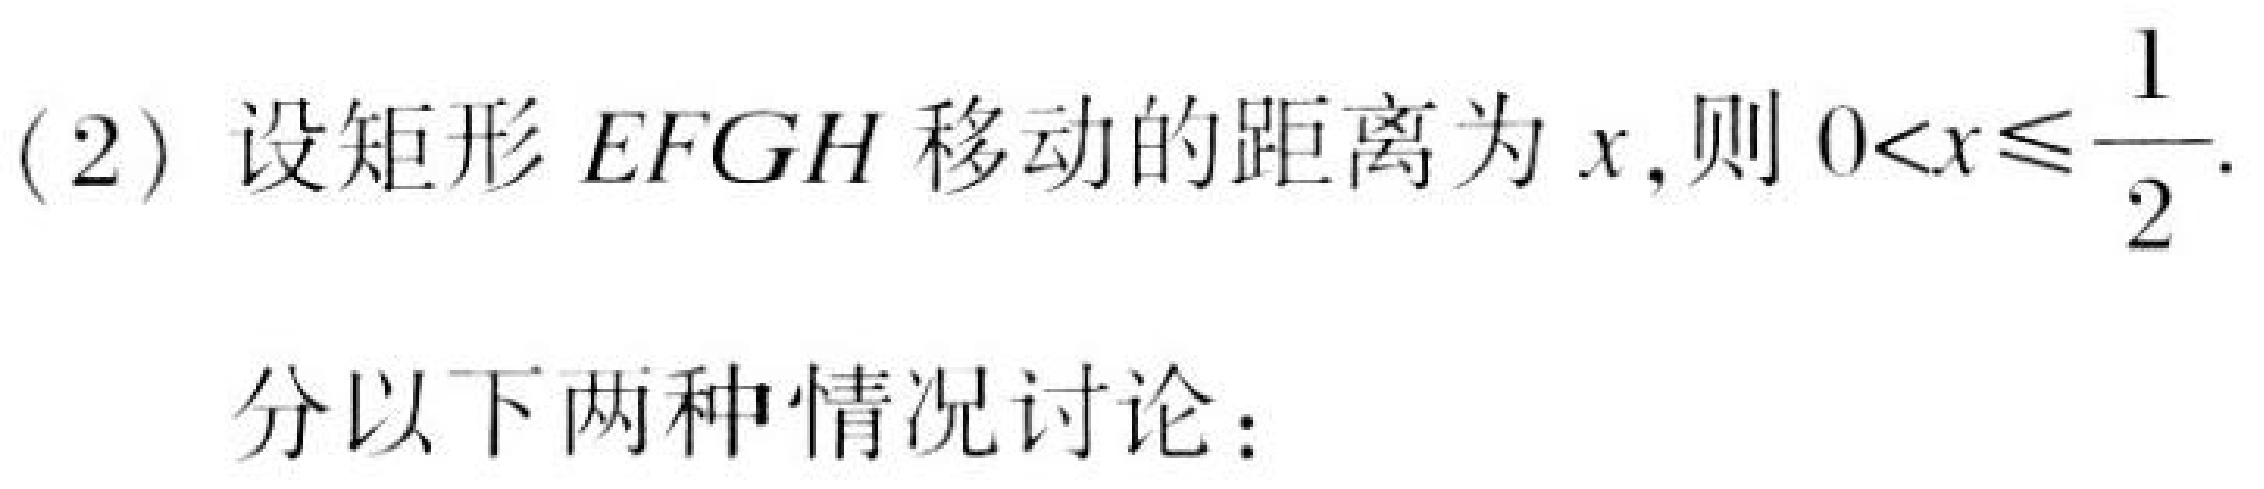
(2) 设矩形 \(EFGH\) 移动的距离为 \(x\),则 \(0<x\leqslant\frac{1}{2}\).

分以下两种情况讨论：